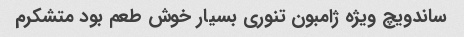
ساندویچ ویژه ژامبون تنوری بسیار خوش طعم بود متشکرم